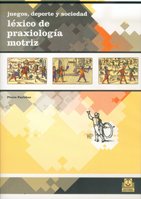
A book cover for Juegos Deporte y Sociedad (Spanish Edition); Pierre Parlebas; Humor & Entertainment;